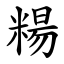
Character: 糃